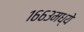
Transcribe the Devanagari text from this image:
१६६३मध्ये